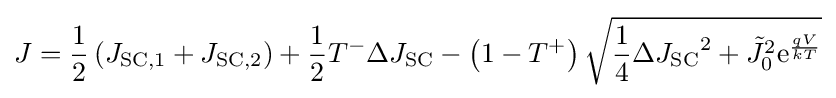
J={\frac {1}{2}}\left(J_{\text{SC,1}}+J_{\text{SC,2}}\right)+{\frac {1}{2}}T^{-}\Delta J_{\text{SC}}-\left(1-T^{+}\right){\sqrt {{\frac {1}{4}}{\Delta J_{\text{SC}}}^{2}+{\tilde {J}}_{0}^{2}\mathrm {e} ^{\frac {qV}{kT}}}}